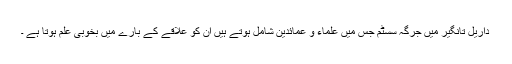
داریل تانگیر میں جرگہ سسٹم جس میں علماء و عمائدین شامل ہوتے ہیں ان کو علاقے کے بارے میں بخوبی علم ہوتا ہے ۔